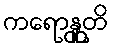
ကရောန္တူတိ